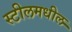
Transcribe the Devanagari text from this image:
स्टीलमधील